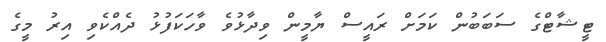
ޓީޝާޓްގެ ސަބަބުން ކަމަށް ރައީސް ޔާމީން ވިދާޅުވެ ވާހަކަފުޅު ދެއްކެވި އިރު މީގެ